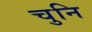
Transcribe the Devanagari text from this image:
चुनि